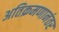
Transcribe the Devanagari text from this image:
अतिक्रमणानंतर